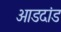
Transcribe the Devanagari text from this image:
आडदांड